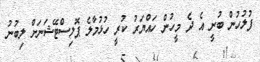
ފުލުހުން ބުނީ އެ ދެ މީހުން ހައްޔަރު ކުރީ ހުޅުމާލެ ޕޮލިސްޓޭޝަނަށް ލިބުނު